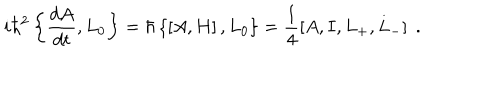
i \hbar ^ { 2 } \left\{ \frac { d A } { d t } , L _ { 0 } \right\} = \hbar \left\{ \left[ A , H \right] , L _ { 0 } \right\} = \frac { 1 } { 4 } \left[ A , I , L _ { + } , L _ { - } \right] \; .